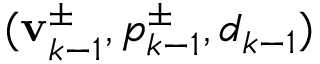
( \mathbf { v } _ { k - 1 } ^ { \pm } , p _ { k - 1 } ^ { \pm } , d _ { k - 1 } )